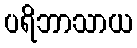
ပရိဘာသာယ